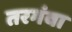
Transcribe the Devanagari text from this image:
तरगंवा